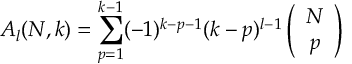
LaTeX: A _ { l } ( N , k ) = \sum _ { p = 1 } ^ { k - 1 } ( - 1 ) ^ { k - p - 1 } ( k - p ) ^ { l - 1 } \left( \begin{array} { c } { { N } } \\ { { p } } \end{array} \right)